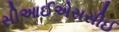
સીઆઈએસસીઈ